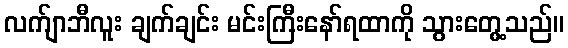
လက်ျာဘီလူး ချက်ချင်း မင်းကြီးနော်ရထာကို သွားတွေ့သည်။